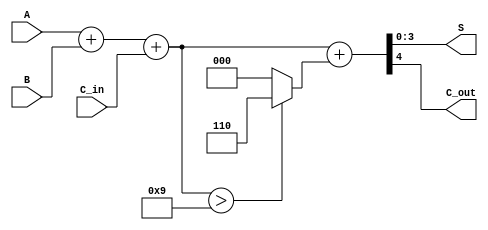
module BCD_Hybrid_Adder (
    input [3:0] A,       // First BCD digit
    input [3:0] B,       // Second BCD digit
    input C_in,          // Carry input
    output [3:0] S,      // BCD sum output
    output C_out         // Carry output
);

    wire [4:0] binary_sum; // 5-bit sum to accommodate carry
    wire [4:0] corrected_sum; // 5-bit for corrected sum
    wire needs_correction;

    // Step 1: Binary addition of A, B, and C_in
    assign binary_sum = A + B + C_in; // 4-bit A + 4-bit B + Carry-in

    // Step 2: Determine if correction is needed
    assign needs_correction = binary_sum > 4'b1001; // Check if sum > 9

    // Step 3: Apply BCD correction if needed
    assign corrected_sum = binary_sum + (needs_correction ? 4'b0110 : 4'b0000); // Add 6 if correction needed

    // Step 4: Final BCD sum and carry output
    assign S = corrected_sum[3:0]; // BCD result is the lower 4 bits
    assign C_out = corrected_sum[4]; // Carry output is the 5th bit

endmodule